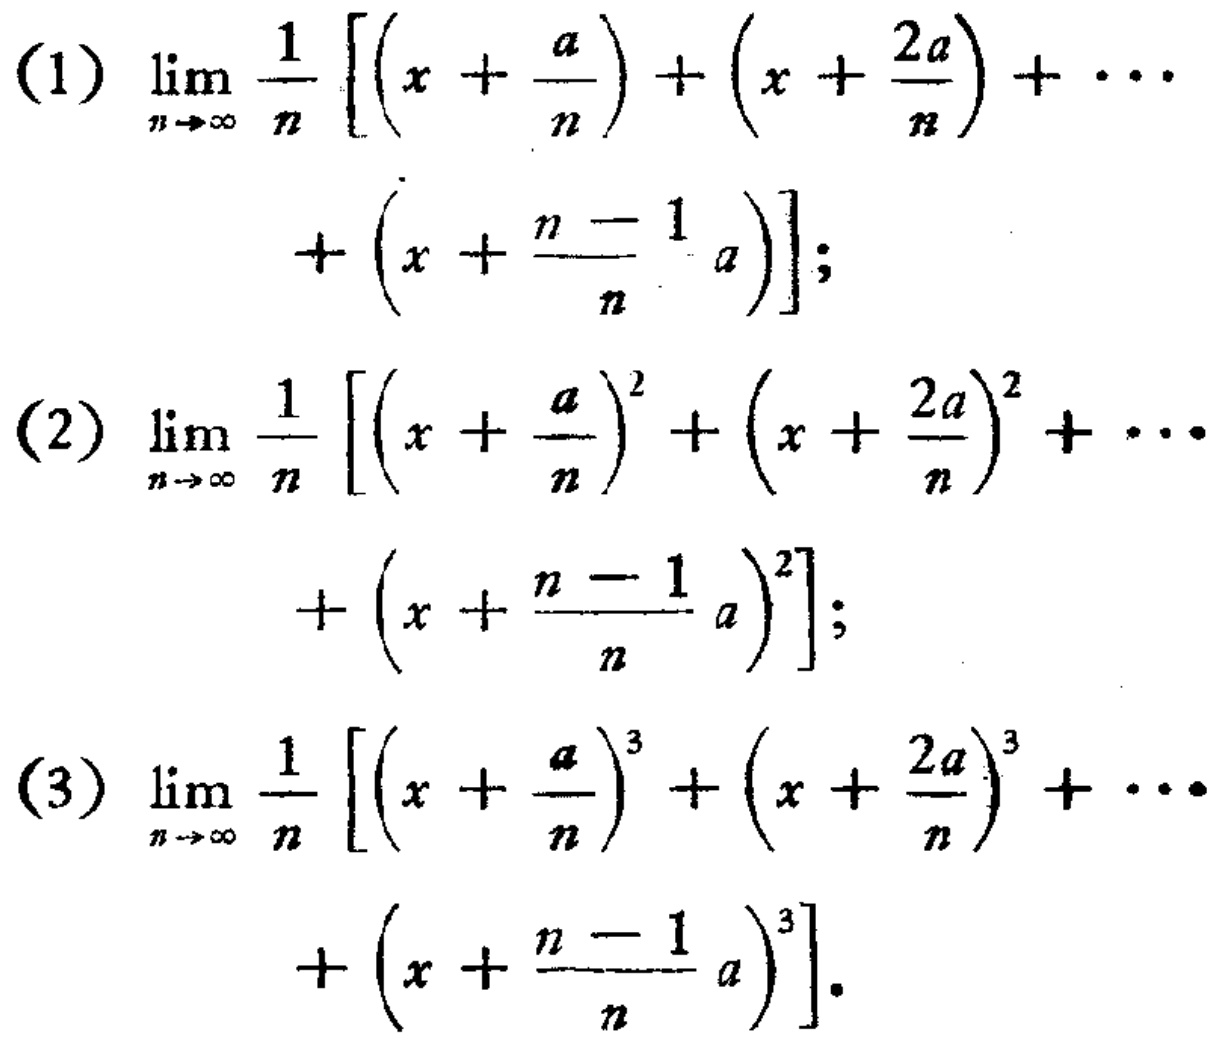
(1) \(\lim_{n \to \infty} \frac{1}{n} \left[ \left( x + \frac{a}{n} \right) + \left( x + \frac{2a}{n} \right) + \cdots + \left( x + \frac{n - 1}{n} a \right) \right]\);
(2) \(\lim_{n \to \infty} \frac{1}{n} \left[ \left( x + \frac{a}{n} \right)^2 + \left( x + \frac{2a}{n} \right)^2 + \cdots + \left( x + \frac{n - 1}{n} a \right)^2 \right]\);
(3) \(\lim_{n \to \infty} \frac{1}{n} \left[ \left( x + \frac{a}{n} \right)^3 + \left( x + \frac{2a}{n} \right)^3 + \cdots + \left( x + \frac{n - 1}{n} a \right)^3 \right]\).